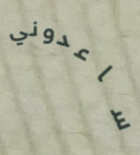
ساعدوني